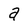
Character: a